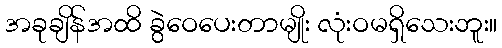
အခုချိန်အထိ ခွဲဝေပေးတာမျိုး လုံးဝမရှိသေးဘူး။